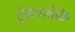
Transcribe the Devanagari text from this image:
ट्रेडमार्कके